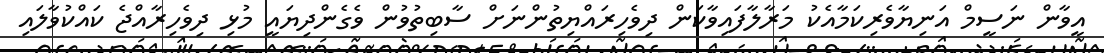
އީވާން ނަސީމް އަނިޔާވެރިކަމާއެކު މަރާލާފައިވާކަން ދިވެހިރައްޔިތުންނަށް ސާބިތުވުން ވެގެންދިޔައީ މުޅި ދިވެހިރާއްޖެ ކައްކުވާލައި